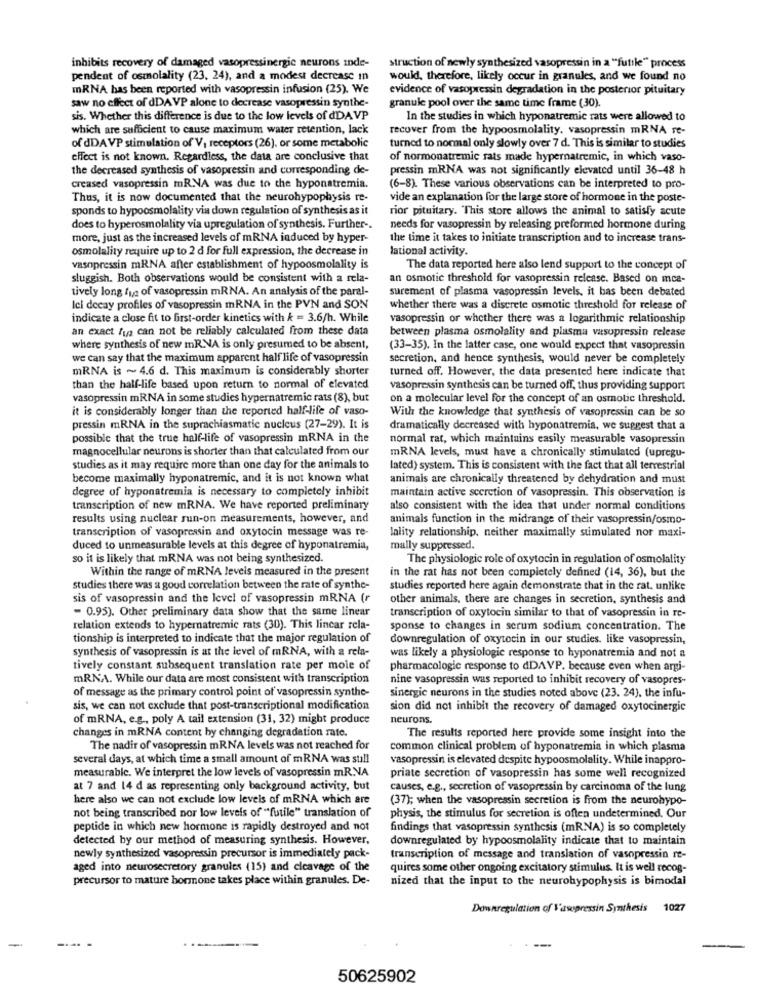
inhibits recovery of damaged vasopressinergic neurons inde-
struction of newly synthesized vasopressin in a "futile" process
pendent of osmolality (23, 24), and a modest decrease in
would, therefore, likely occur in granules, and we found no
mRNA has been reported with vasopressin infusion (25). We
evidence of vasopressin degradation in the posterior pituitary
granule pool over the same time frame (30).
saw no effect of dDAVP alone to decrease vasopressin synthe-
sis. Whether this difference is due to the low levels of dDAVP
In the studies in which hyponatremic rats were allowed to
which are sufficient to cause maximum water retention, lack
recover from the hypoosmolality, vasopressin mRNA re-
of dDAVP stimulation of V, receptors (26), or some metabolic
turned to normal only slowly over 7 d. This is similar to studies
effect is not known. Regardless, the data are conclusive that
of normonatremic rats made hypernatremic, in which vaso-
the decreased synthesis of vasopressin and corresponding de-
pressin mRNA was not significantly elevated until 36-48 h
creased vasopressin mR.NA was due to the hyponatremia.
(6-8). These various observations can be interpreted to pro-
Thus, it is now documented that the neurohypophysis re-
vide an explanation for the large store of hormone in the poste-
sponds to hypoosmolality via down regulation of synthesis as it
rior pituitary. "This store allows the animal to satisfy acute
does to hyperosmolality via upregulation of synthesis. Further -.
needs for vasopressin by releasing preformed hormone during
more, just as the increased levels of mRNA induced by hyper-
the time it takes to initiate transcription and to increase trans-
osmolality require up to 2 d for full expression, the decrease in
lational activity.
vasopressin mRNA after establishment of hypoosmolality is
The data reported here also lend support to the concept of
sluggish. Both observations would be consistent with a rela-
an osmotic threshold for vasopressin release. Based on mce-
tively long fue of vasopressin mRNA. An analysis of the paral-
surement of plasma vasopressin levels, it has been debated
Ici decay profiles of vasopressin mRNA in the PVN and SON
whether there was a discrete osmotic threshold for release of
indicate a close fit to first-order kinetics with k = 3.6/h. While
vasopressin or whether there was a logarithmic relationship
an exact fit can not be reliably calculated from these data
between plasma osmolality and plasma vasopressin release
where synthesis of new mRNA is only presumed to be absent,
(33-35). In the latter case, one would expect that vasopressin
we can say that the maximum apparent half life of vasopressin
secretion, and hence synthesis, would never be completely
mRNA is ~ 4.6 d. This maximum is considerably shorter
turned off. However, the data presented here indicate that
than the half-life based upon return to normal of elevated
vasopressin synthesis can be turned off, thus providing support
vasopressin mRNA in some studies hypernatremic rats (8), but
on a molecular level for the concept of an osmotic threshold.
it is considerably longer than the reported half-life of vaso-
With the knowledge that synthesis of vasopressin can be so
pressin mRNA in the suprachiasmatic nucleus (27-29). It is
dramatically decreased with hyponatremia, we suggest that a
possible that the true half-life of vasopressin mRNA in the
normal rat, which maintains easily measurable vasopressin
magnocellular neurons is shorter than that calculated from our
mRNA levels, must have a chronically stimulated (upregu-
studies as it may require more than one day for the animals to
lated) system. This is consistent with the fact that all terrestrial
become maximally hyponatremic, and it is not known what
animais are chronically threatened by dehydration and must
degree of hyponatremia is necessary to completely inhibit
maintain active scerction of vasopressin. This observation is
transcription of new mRNA. We have reported preliminary
also consistent with the idea that under normal conditions
results using nuclear run-on measurements, however, and
animals function in the midrange of their vasopressin/osmo-
transcription of vasopressin and oxytocin message was re-
lality relationship, neither maximally stimulated nor maxi-
duced to unmeasurable levels at this degree of hyponatremia,
mally suppressed.
so it is likely that mRNA was not being synthesized.
The physiologic role of oxytocin in regulation of osmolality
Within the range of mRNA levels measured in the present
in the rat has not been completely defined (14, 36), but the
studies there was a good correlation between the rate of synthe-
studies reported here again demonstrate that in the rat, unlike
sis of vasopressin and the level of vasopressin mRNA (r
other animals, there are changes in secretion, synthesis and
- 0.95). Other preliminary data show that the same linear
transcription of oxytocin similar to that of vasopressin in re-
relation extends to hypernatremic rats (30). This linear rela-
sponse to changes in serum sodium concentration. The
tionship is interpreted to indicate that the major regulation of
downregulation of oxytocin in our studies. like vasopressin,
synthesis of vasopressin is at the level of mRNA, with a rela-
was likely a physiologie response to hyponatremia and not a
tively constant subsequent translation rate per mole of
pharmacologie response to dDAVP. because even when argi-
mRNA. While our data are most consistent with transcription
nine vasopressin was reported to inhibit recovery of vasopres-
of message as the primary control point of vasopressin synthe-
sinergic neurons in the studies noted above (23. 24), the infu-
sis, we can not exclude that post-transcriptional modification
sion did not inhibit the recovery of damaged oxytocinergic
of mRNA, e.g ., poly A tail extension (31, 32) might produce
neurons.
changes in mRNA content by changing degradation rate.
The results reported here provide some insight into the
The nadir of vasopressin mRNA levels was not reached for
common clinical problem of hyponatremia in which plasma
several days, at which time a small amount of mRNA was still
vasopressin is elevated despite hypoosmolality. While inappro-
measurable. We interpret the low levels of vasopressin mR.NA
priate secretion of vasopressin has some well recognized
at 7 and 14 d as representing only background activity, but
causes, e.g ., secretion of vasopressin by carcinoma of the lung
here also we can not exclude low levels of mRNA which are
(37); when the vasopressin secretion is from the neurohypo-
not being transcribed nor low levels of "futile" translation of
physis, the stimulus for secretion is often undetermined. Our
peptide in which new hormone is rapidly destroyed and not
findings that vasopressin synthesis (mRNA) is so completely
detected by our method of measuring synthesis. However,
downregulated by hypoosmolality indicate that to maintain
newly synthesized vasopressin precursor is immediately pack-
transcription of message and translation of vasopressin re-
aged into neurosecretory granules (15) and cleavage of the
quires some other ongoing excitatory stimulus. It is well recog-
precursor to mature hormone takes place within granules. De-
nized that the input to the neurohypophysis is bimodal
Downregulation of Vasopressin Synthesis 1027
50625902